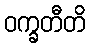
ဝက္ခတီတိ